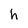
Character: h